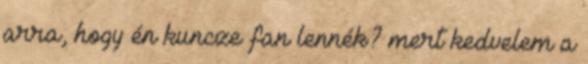
arra, hogy én kuncze fan lennék? mert kedvelem a